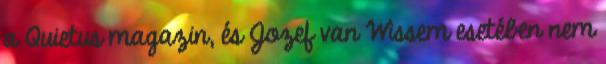
a Quietus magazin, és Jozef van Wissem esetében nem